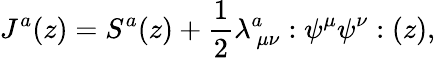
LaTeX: J^{a}(z)=S^{a}(z)+\frac{1}{2}\lambda_{~\mu\nu}^{a}:\psi^{\mu}\psi^{\nu}:(z),